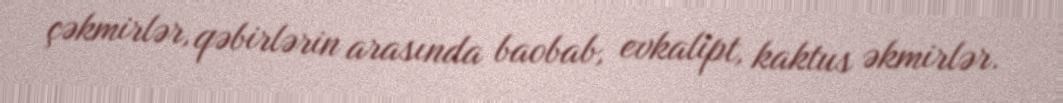
çəkmirlər, qəbirlərin arasında baobab, evkalipt, kaktus əkmirlər.